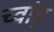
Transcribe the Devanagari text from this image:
च्वांड्